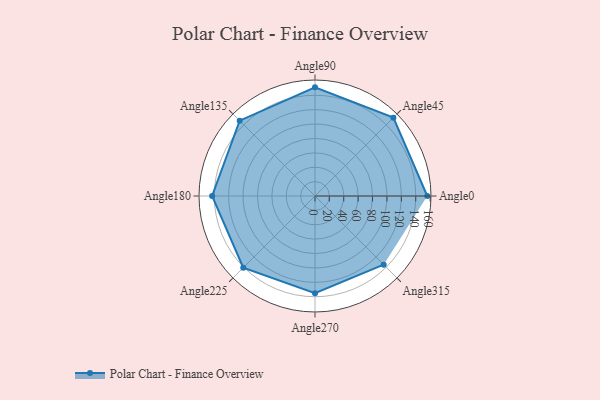
{"axis": {"x": "Angle", "y": "Radius"}, "legend": [""], "data": [{"x": "Angle0", "y": 156.0, "type": ""}, {"x": "Angle45", "y": 154.0, "type": ""}, {"x": "Angle90", "y": 151.0, "type": ""}, {"x": "Angle135", "y": 148.0, "type": ""}, {"x": "Angle180", "y": 143.0, "type": ""}, {"x": "Angle225", "y": 141.0, "type": ""}, {"x": "Angle270", "y": 135.0, "type": ""}, {"x": "Angle315", "y": 135.0, "type": ""}]}